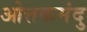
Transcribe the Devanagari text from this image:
ओत्तकमंदु